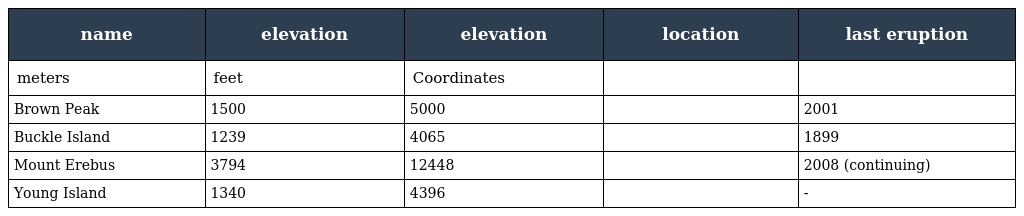
| name | elevation | elevation | location | last eruption |
 | --- | --- | --- | --- | --- |
 | meters | feet | Coordinates |  |  |
 | Brown Peak | 1500 | 5000 |  | 2001 |
 | Buckle Island | 1239 | 4065 |  | 1899 |
 | Mount Erebus | 3794 | 12448 |  | 2008 (continuing) |
 | Young Island | 1340 | 4396 |  | - |